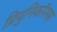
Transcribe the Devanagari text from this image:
प्रियुनिफॉरमस